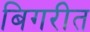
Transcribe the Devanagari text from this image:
बिगरीत